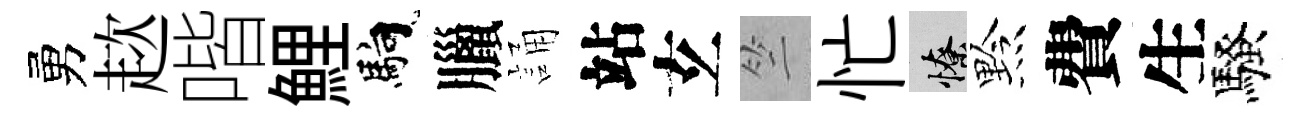
勇趑喈鯉馿臘誦站𤣥竺忙憭黔費生騷